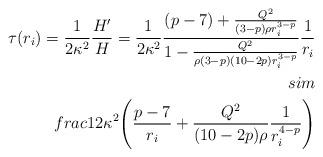
LaTeX: \begin{align*}\tau (r_i)=\frac{1}{2\kappa^2}\frac{H'}{H}=\frac{1}{2\kappa^2}\frac{ (p-7) +\frac{Q^2}{(3-p)\rho r_i^{3-p}}}{1-\frac{Q^2}{\rho (3-p)(10-2p)r_i^{3-p}}}\frac{1}{r_i}\\sim\\frac{1}{2\kappa^2}\Bigg(\frac{p-7}{r_i}+\frac{Q^2}{(10-2p)\rho}\frac{1}{r_i^{4-p}}\Bigg)\end{align*}